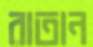
রাতান